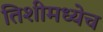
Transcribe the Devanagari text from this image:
तिशीमध्येच